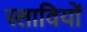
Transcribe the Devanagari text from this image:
स्लावियों